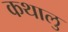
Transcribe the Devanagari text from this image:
कथालु